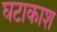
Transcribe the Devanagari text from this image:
घटाकाश